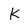
Character: K